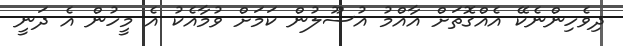
ދިވެހިންނެކޭ އެއްގޮތަށް އާއްމު އުސޫލުން ކަމަށް ވުމާއެކު އެ މީހުން އެ ދަނީ